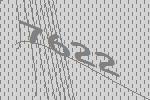
7622